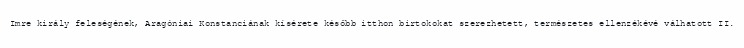
Imre király feleségének, Aragóniai Konstanciának kísérete később itthon birtokokat szerezhetett, természetes ellenzékévé válhatott II.